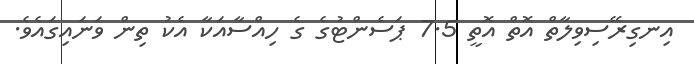
އިނގިރޭސިވިލާތް އޮތް އޮތީ 7.5 ޕަސެންޓުގެ ގެ ހިއްސާއަކާ އެކު ތިން ވަނައިގައެވެ.